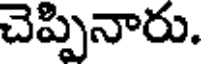
చెప్పినారు.